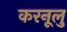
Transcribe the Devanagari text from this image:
करनूलु